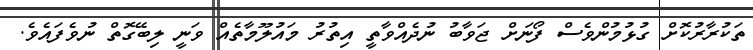
ތަކުރާރުކޮށް ގުޅުމުންވެސް ފޯނަށް ޖަވާބު ނުދެއްވާތީ އިތުރު މައުލޫމާތެއް ވަނީ ލިބޭގޮތް ނުވެފައެވެ.